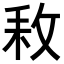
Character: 𢼡